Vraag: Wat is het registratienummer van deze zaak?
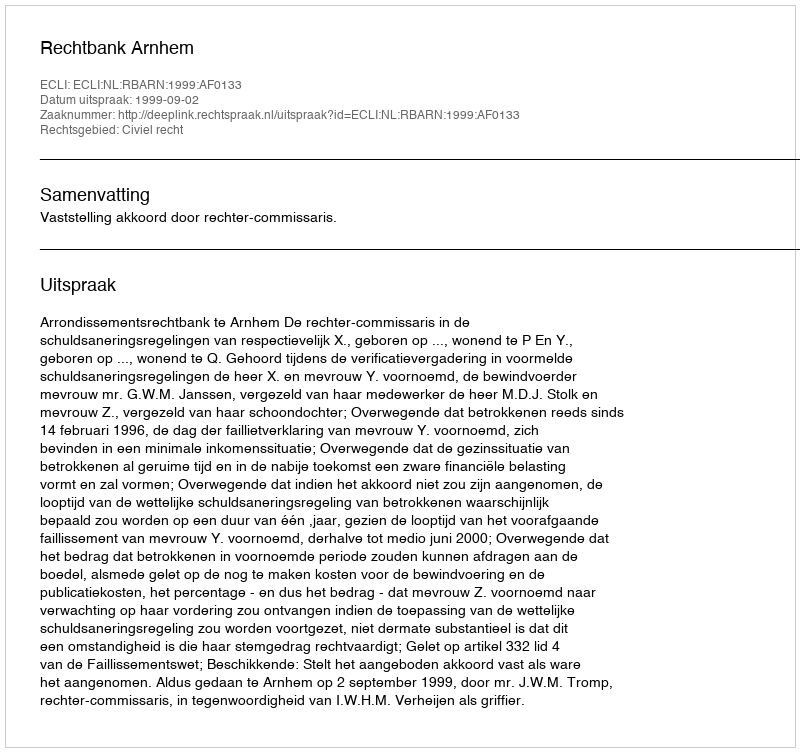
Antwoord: http://deeplink.rechtspraak.nl/uitspraak?id=ECLI:NL:RBARN:1999:AF0133